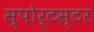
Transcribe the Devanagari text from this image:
स्पोर्टस्टर